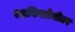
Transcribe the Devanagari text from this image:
१६किलोमीटर